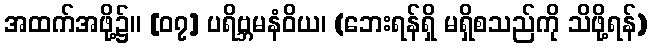
အထက်အဖို့၌။ [၀၇] ပရိဗ္ဘမနံဝိယ၊ (ဘေးရန်ရှိ မရှိစသည်ကို သိဖို့ရန်)